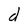
Character: d